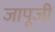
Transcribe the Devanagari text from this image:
जापूजी